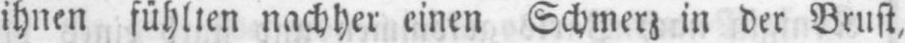
ihnen fühlten nachher einen Schmerz in der Brust,